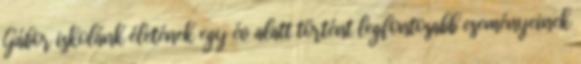
Gábor iskolánk életének egy év alatt történt legfontosabb eseményeinek